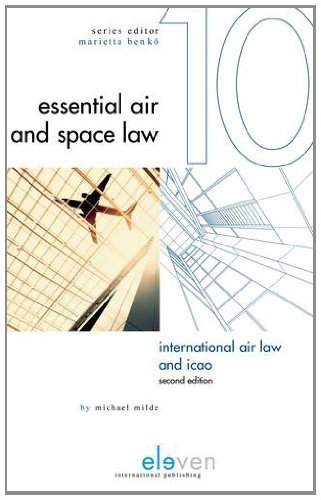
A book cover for International Air Law and ICAO: Second Edition (Essential Air and Space Law); Michael Milde; Law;